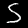
Label: 5